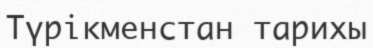
Түрікменстан тарихы